Vaccination in the Punjab 1897-1904 - 1897-1904
Year: 1897
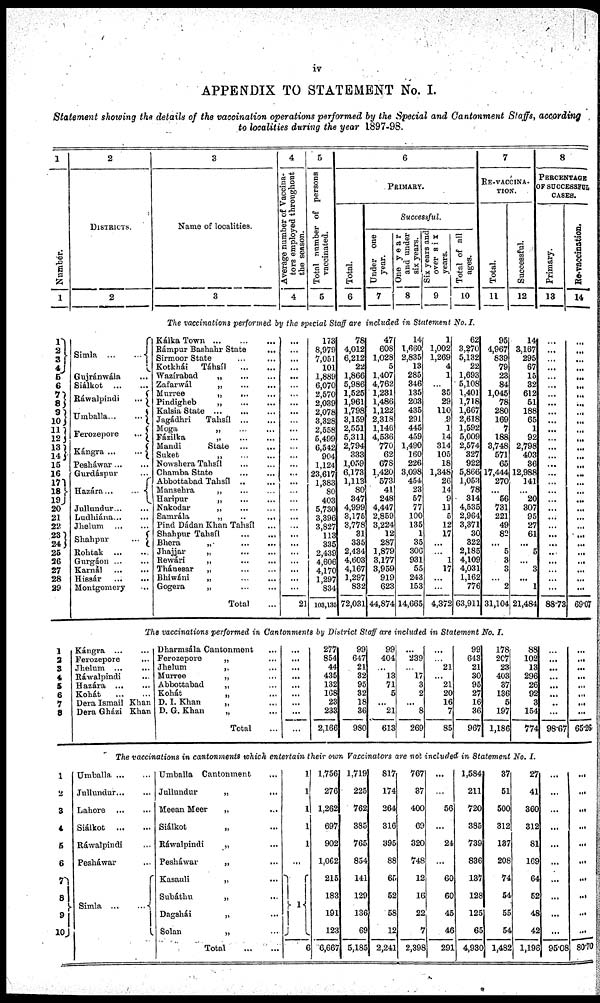
iv
APPENDIX TO STATEMENT No. I.
Statement showing the details of the vaccination operations performed by the Special and Cantonment Staffs, according
to localities during the year 1897-98.
1
Number.
1
2
DISTRICTS.
2
3
Name of localities
3
4
Average number of Vaccina-
tors employed throughout
the season.
4
5
Total number of persons
vaccinated.
5
6
PRIMARY.
Total.
6
Successful.
Under one
year.
7
One year
and under
six years.
8
Six years and
over six
years.
9
Total of all
ages.
10
7
RE-VACCINA¬
TION.
Total.
11
Successful.
12
8
PERCENTAGE
OF SUCCESSFUL
CASES.
Primary.
13
Re-vaccination.
14
The vaccinations performed by the special Staff are included in Statement No. I.
1
2 3
4 5
6
7
8 9
10
11
12
13
14
15
16
17
18.
19
20
21
22
23
24
25
26
27
28
29
Simla
...
...
Gujránwála ...
Siálkot
...
...
Ráwalpindi
...
Umballa
...
...
Ferozepore
...
Kángra ...
...
Pesháwar ... ...
Gurdáspur ...
Házara
...
...
Jullundur .. ...
Ludhiána .. ...
Jhelum ... ...
Shahpur
...
Rohtak
...
...
Gurgáon . ...
Karnál
Hissár
...
...
Montgomery ...
Kálka Town
...
...
...
Rámpur Bashahr State ...
Sirmoor State ... ...
Kotkhái
Táhsíl
...
...
Wazírabad
„ ... ...
Zafarwál
„
...
...
Murree
„
... ...
Pindigheb
„
...
...
Kalsia State ... ... ...
Jagádhri
Tahsíl
Moga
„
...
...
Fázilka
„
...
...
Mandi
State
Suket
„
. .
...
Nowshera Tahsíl ... ...
Chamba State ... ...
Abbottabad Tahsál
...
...
Mansehra
„ ... ...
Haripur
„ ... ...
Nakodar
„
...
...
Samrála
„
..
...
Pind Dádan Khan Tahsíl ...
Shahpur Tahsíl
...
...
Bhera
„ ... ...
Jhajjar
„
...
...
Rewári
„ ... ...
Thánesar
„ ... ...
Bhiwáni
„ ... ...
Gogera
„ ... ...
Total ...
...
...
...
...
...
...
...
...
...
...
...
...
...
...
...
...
...
...
...
...
...
...
...
...
...
...
...
...
...
21
173
8,979
7,051
101
1,889
6,070
2,570
2,039
2,078
3,328
2,558
5,499
6,542
904
1,124
23,617
1,383
80
403
5,730
3,396
3,827
113
335
2,439
4,606
4,170
1,297
834
103,135
78
4,012
6,212
22
1,866
5,986
1,525
1,961
1,798
3,159
2,551
5,311
2,794
333
1,059
6,173
1,113
80
347
4,999
3,175
3,778
31
335
2,434
4,603
4,167
1,297
832
72,031
47
608
1,028
5
1,407
4,762
1,231
1,486
1,122
2,318
1,146
4,536
770
62
678
1,420
573
41
248
4,447
2,859
3,224
12
287
1,879
3,177
3,959
919
623
44,874
14
1,660
2,835
13
285
346
135
203
435
291
445
459
1,490
160
226
3,098
454
23
57
77
100
135
1
35
306
931
55
243
153
14,665
1
1,002
1,269
4
1
...
35
29
110
9
1
14
314
105
18
1,348
26
14
9
11
5
12
17
...
...
1
17
...
...
4,372
62
3,270
5,132
22
1,693
5,108
1,401
1,718
1,667
2,618
1,592
5,009
2,574
327
922
5,866
1,053
78
314
4,535
2,964
3,371
30
322
2,185
4,109
4,031
1,162
776
63,911
95
4,967
839
79
23
84
1,045
78
280
169
7
188
3,748
571
65
17,444
270
...
56
731
221
49
82
...
5
3
3
...
2
31,104
141
3,167
295
67
15
32
612
51
188
65
1
92
2,798
403
36
12,988
141
...
20
307
95
27
61
...
5
...
3
...
1
21,484
...
...
...
...
...
...
...
...
...
...
...
...
...
...
...
...
...
...
...
...
...
...
...
...
...
...
...
...
...
88.73
...
...
...
...
...
...
...
...
...
...
...
...
...
...
...
...
...
...
...
...
...
...
...
...
...
...
...
...
...
69.07
The vaccinations performed in Cantonments by District Staff are included in Statement No. I.
1
2
3
4
5
6
7
8
Kángra
...
...
Ferozepore ...
Jhelum ...
Ráwalpindi
Hazára ...
Kohát
...
...
Dera Ismail Khan
Dera Gházi Khan
Dharmsála Cantonment ...
Ferozepore
„ ...
Jhelum
„ ...
Murree
„ ...
Abbottabad
„ ...
Kohát
„ ... ...
D. I. Khan
„ ...
D. G. Khan „ ...
Total ...
...
...
...
...
...
...
...
...
...
277
854
44
435
132
168
23
233
2,166
99
647
21
32
95
32
18
36
980
99
404
...
13
71
5
...
21
613
...
239
...
17
3
2
...
8
269
...
...
21
...
21
20
16
7
85
99
643
21
30
95
27
16
36
967
178
207
23
403
37
136
5
197
1,186
88
102
13
296
26
92
3
154
774
...
...
...
...
...
...
...
...
98.67
...
...
...
...
...
...
...
...
65.26
The vaccinations in cantonments which entertain their own Vaccinators are not included in Statement No. I.
1
2
3
4
5
6
7
8
9
10
Umballa ... ...
Jullundur ... ...
Lahore ... ...
Siálkot
...
...
Ráwalpindi ...
Pesháwar
Simla
...
...
Umballa Cantonment ...
Jullundur
„
...
Meean Meer
„ ...
Siálkot
„ ...
Ráwalpindi
„ ...
Pesháwar
„ ...
Kasauli
„ ...
Subáthu
„ ...
Dagshái
„ ...
Solan
„ ...
Total
1
1
1
1
1
...
1
6
1,756
276
1,262
697
902
1,062
215
183
191
123
6,667
1,719
225
762
385
765
854
141
129
136
69
5,185
817
174
264
316
395
88
65
52
58
12
2,241
767
37
400
69
320
748
12
16
22
7
2,398
...
...
56
...
24
...
60
60
45
46
291
1,584
211
720
385
739
836
137
128
125
65
4,930
37
51
500
312
187
208
74
54
55
54
1,482
27
41
360
312
81
169
64
52
48
42
1,196
...
...
...
...
...
...
...
...
...
...
...
95.08
...
...
...
...
...
...
..
...
...
...
...
80.70